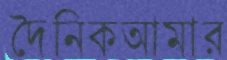
দৈনিকআমার